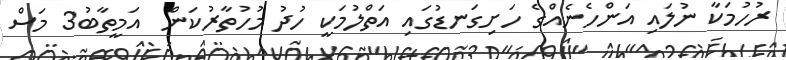
ރުހުމަކާ ނުލައި އަންހެނެއްގެ ހަށިގަނޑުގައި އަތްލުމަކީ ހުދު މުހުތާރުކަން  އަމީތާބު3 މަސް